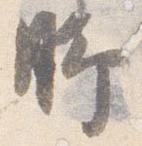
脚